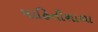
માહિતીશાળા